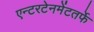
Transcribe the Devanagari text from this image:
एन्टरटेनमेंटतर्फे